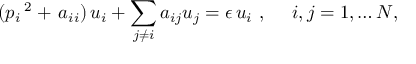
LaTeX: ( p _ { i } \, ^ { 2 } + \, a _ { i i } ) \, u _ { i } + \sum _ { j \neq i } a _ { i j } u _ { j } = \epsilon \, u _ { i } ~ , \quad ~ i , j = 1 , \ldots N ,